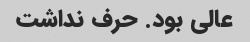
عالی بود. حرف نداشت